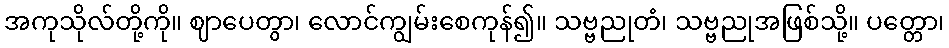
အကုသိုလ်တို့ကို။ ဈာပေတွာ၊ လောင်ကျွမ်းစေကုန်၍။ သဗ္ဗညုတံ၊ သဗ္ဗညုအဖြစ်သို့။ ပတ္တော၊